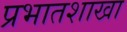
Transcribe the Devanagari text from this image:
प्रभातशाखा